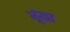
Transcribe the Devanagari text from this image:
भूंखा